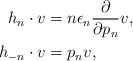
\begin{align*}h_n\cdot v&=n\epsilon_n\frac{\partial}{\partial p_{n}}v,\\h_{-n}\cdot v&=p_{n}v,\end{align*}